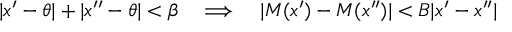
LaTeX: | x ^ { \prime } - \theta | + | x ^ { \prime \prime } - \theta | < \beta \quad \Longrightarrow \quad | M ( x ^ { \prime } ) - M ( x ^ { \prime \prime } ) | < B | x ^ { \prime } - x ^ { \prime \prime } |